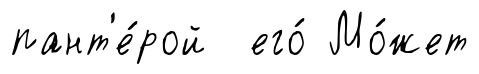
пант'е́рой его́ Мо́жет